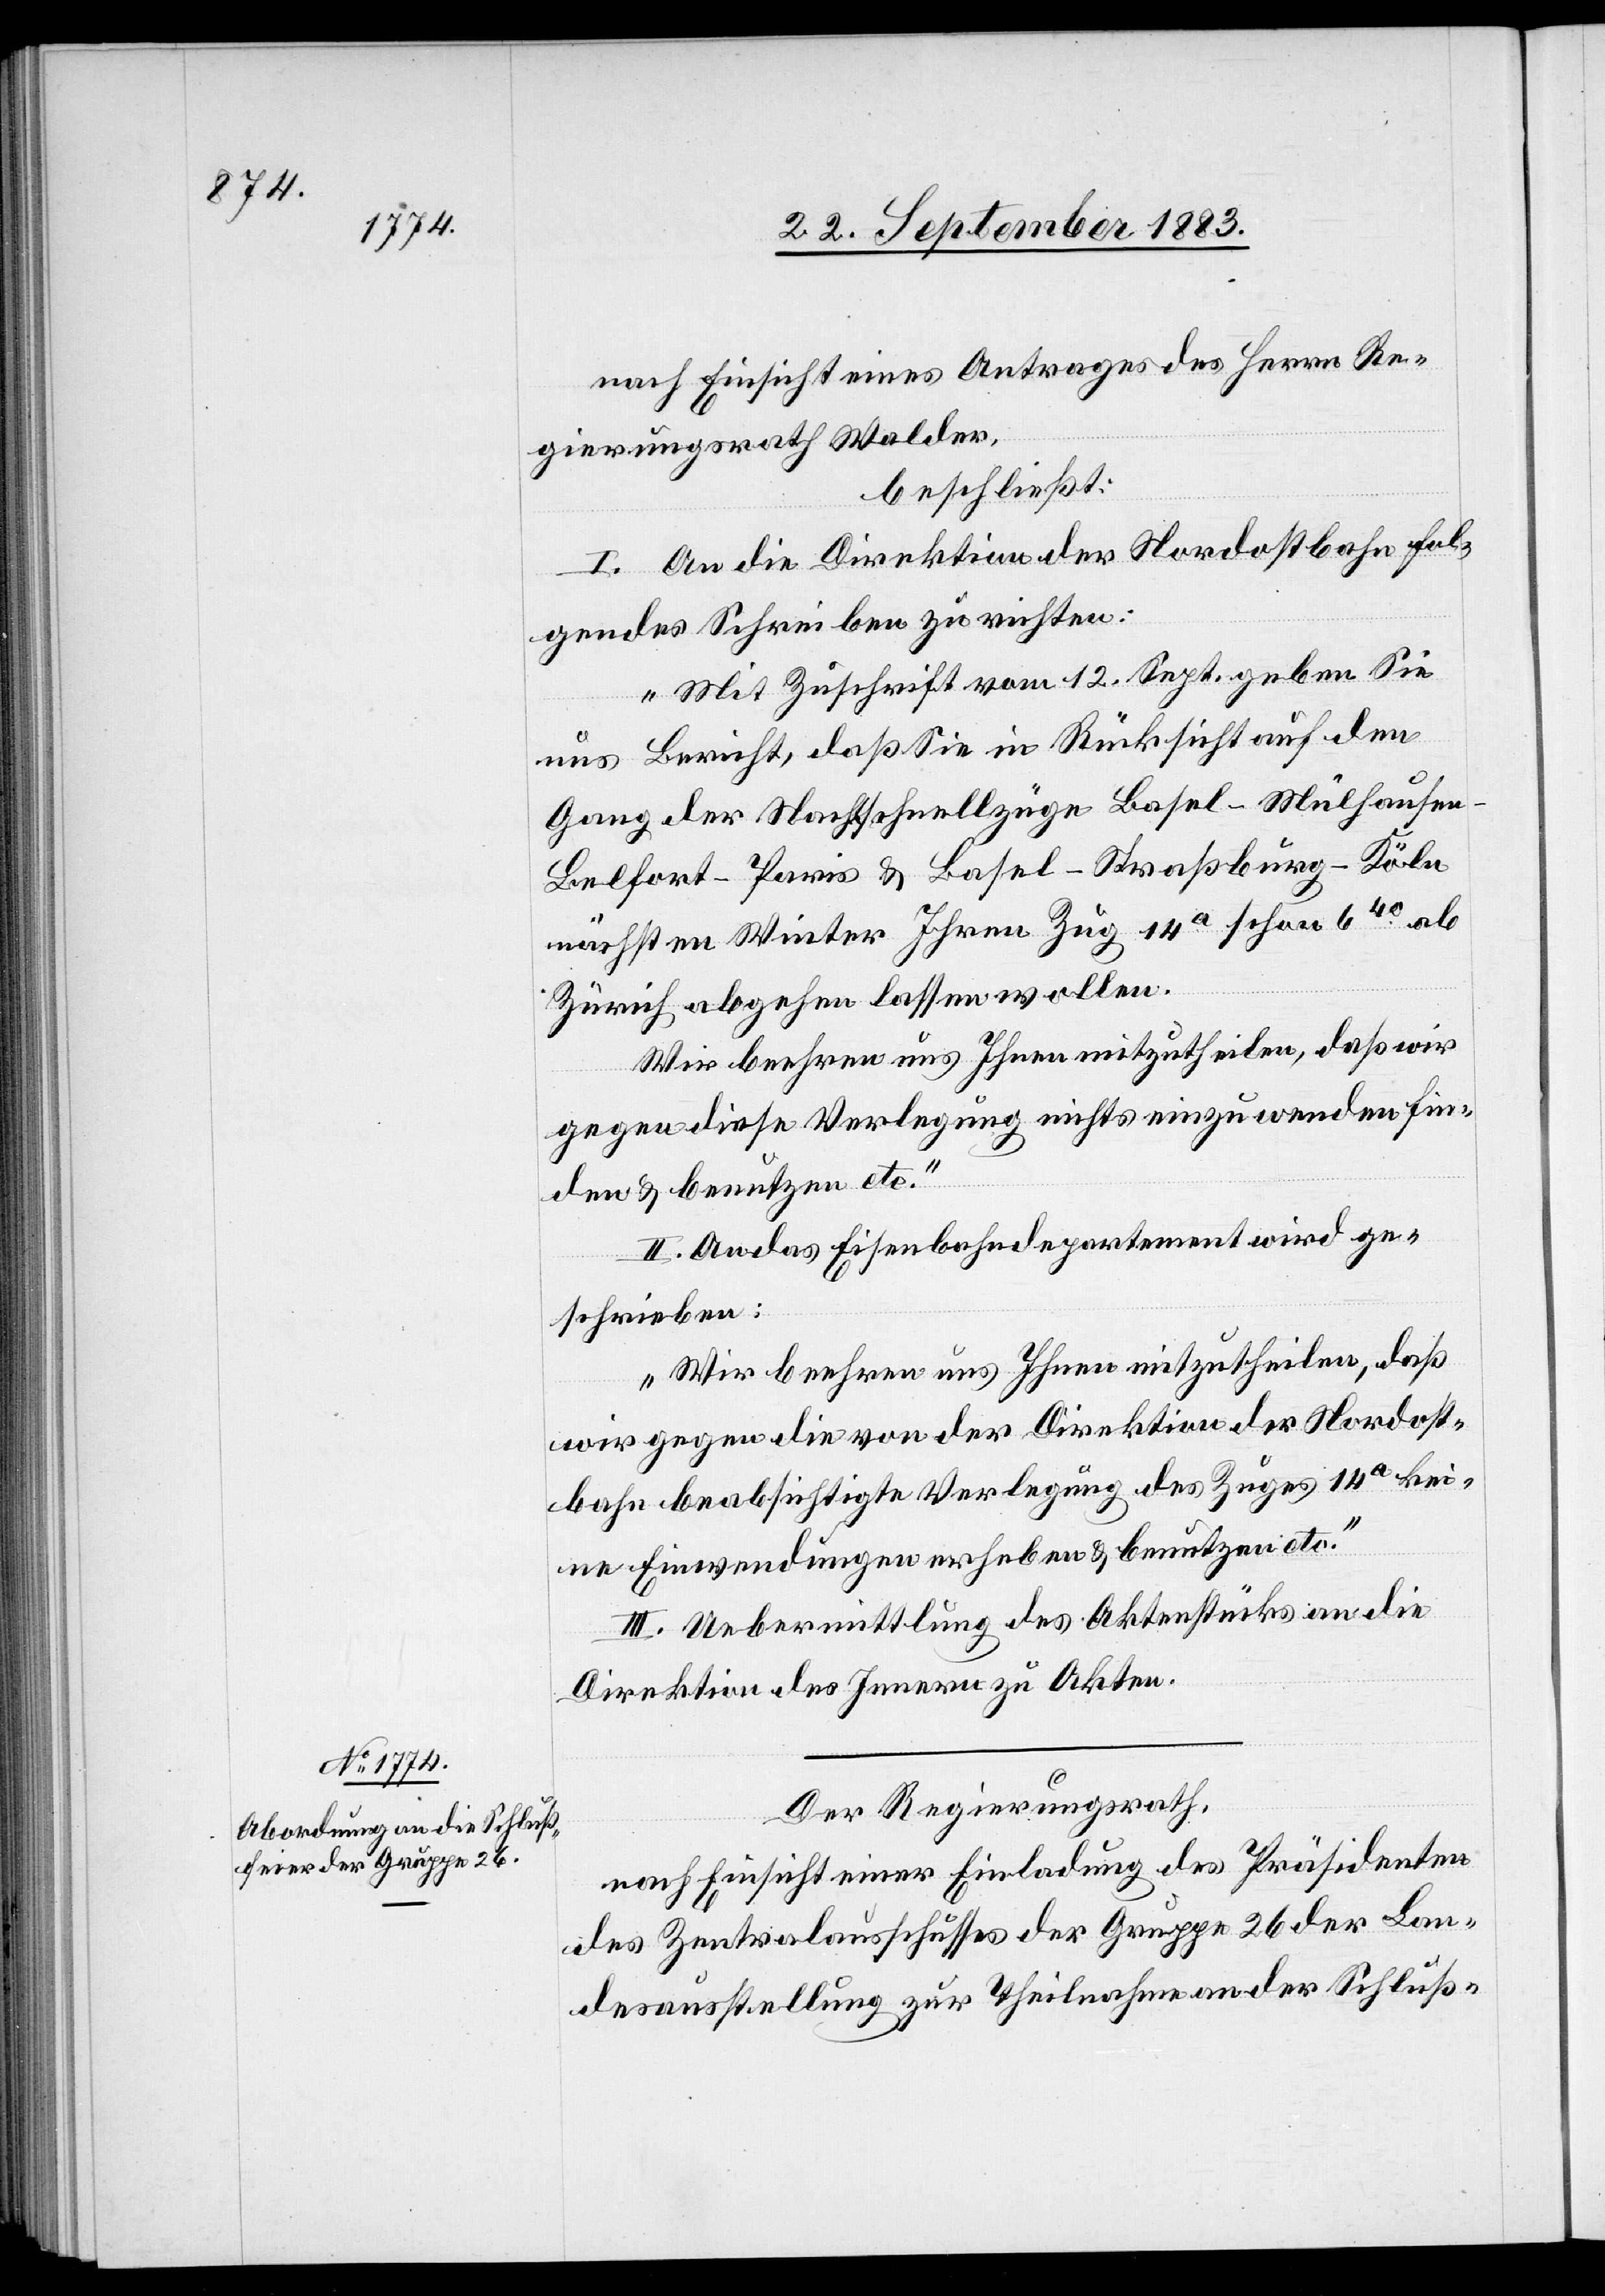
nach Einsicht eines Antrages des Herrn Re¬
gierungsrath Walder,
beschließt:
I. An die Direktion der Nordostbahn fol¬
gendes Schreiben zu richten:
„Mit Zuschrift vom 12. Sept. geben Sie
uns Bericht, daß Sie in Rücksicht auf den
Gang der Nachtschnellzüge Basel–Mülhausen–B¬
elfort–Paris & Basel–Straßburg–Köln
nächsten Winter Ihren Zug 14a schon 640 ab
Zürich abgehen lassen wollen.
Wir beehren uns Ihnen mitzutheilen, daß wir
gegen diese Verlegung nichts einzuwenden fin¬
den & benutzen etc.“
II. An das Eisenbahndepartement wird ge¬
schrieben:
„Wir beehren uns Ihnen mitzutheilen, daß
wir gegen die von der Direktion der Nordost¬
bahn beabsichtigte Verlegung des Zuges 14a kei¬
ne Einwendungen erheben & benutzen etc.“
III. Uebermittlung des Aktenstücks an die
Direktion des Innern zu Akten.
Der Regierungsrath,
nach Einsicht einer Einladung des Präsidenten
des Zentralausschusses der Gruppe 26 der Lan¬
desausstellung zur Theilnahme an der Schluß-